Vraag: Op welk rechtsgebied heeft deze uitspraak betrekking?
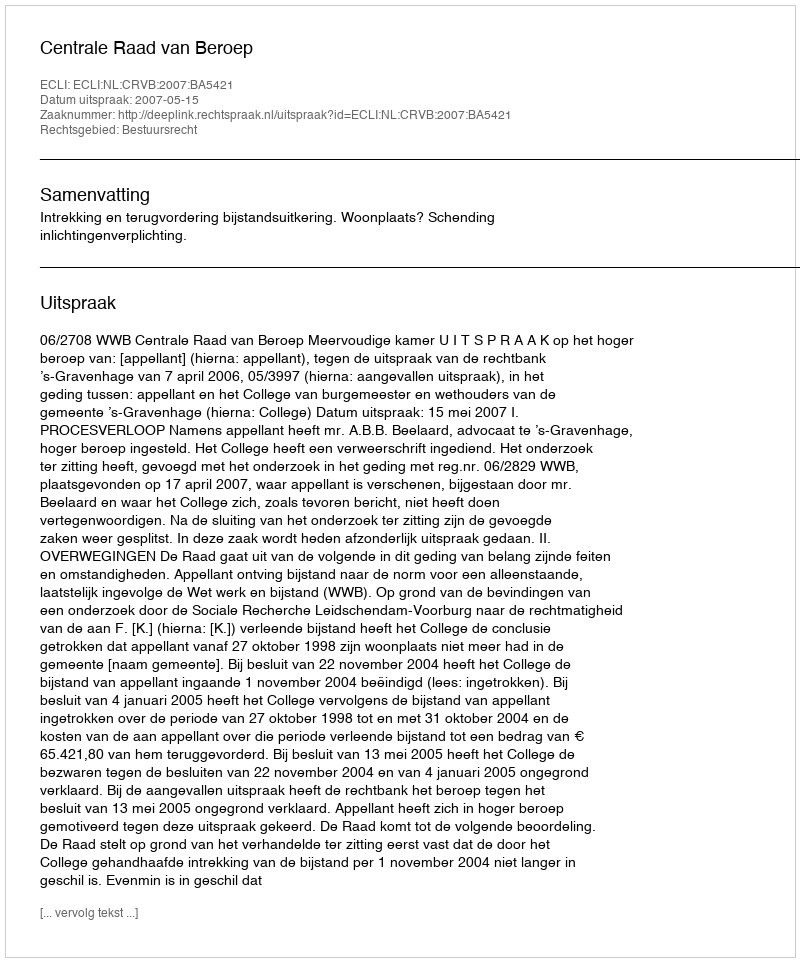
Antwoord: Bestuursrecht